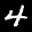
Label: 4